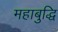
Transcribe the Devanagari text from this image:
महाबुद्धि